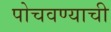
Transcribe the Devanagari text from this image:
पोचवण्‍याची